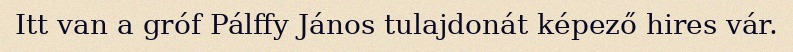
Itt van a gróf Pálffy János tulajdonát képező hires vár.